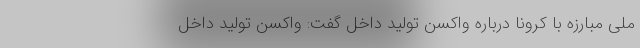
ملی مبارزه با کرونا درباره واکسن تولید داخل گفت:‌ واکسن تولید داخل